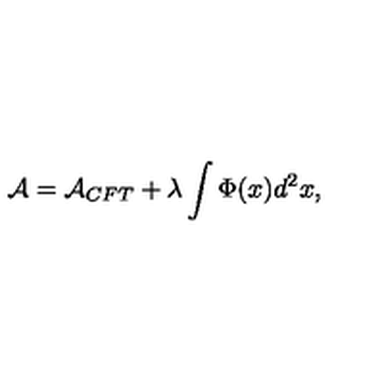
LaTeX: { \cal A } = { \cal A } _ { C F T } + \lambda \int \Phi ( x ) d ^ { 2 } x ,